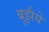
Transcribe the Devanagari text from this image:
बुझैये